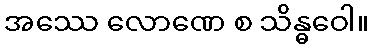
အဿေ လောဏေ စ သိန္ဓဝေါ။